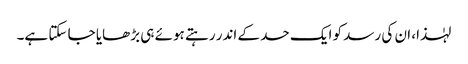
لہٰذا، ان کی رسد کو ایک حد کے اندر رہتے ہوئے ہی بڑھایا جا سکتا ہے۔